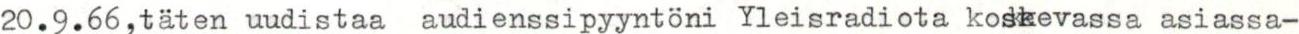
20.9.66,täten uudistaa audienssipyyntöni Yleisradiota koskevassa asiassa-